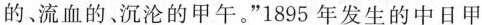
的、流血的、沉沦的甲午。”1895年发生的中日甲